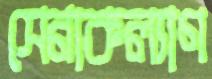
সেনাকল্যাণ